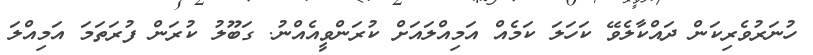
ހުނަރުވެރިކަން ދައްކާލެވޭ ކަހަލަ ކަމެއް އަމިއްލައަށް ކުރަންވީއެއްނު. ގަބޫލު ކުރަން ފުރަތަމަ އަމިއްލަ